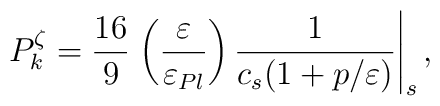
P_{k}^{\zeta }=\frac{16}{9}\left. \left( \frac{\varepsilon }{\varepsilon_{Pl}}\right) {\frac{1}{c_{s}(1+p/\varepsilon )}}\right| _{s},